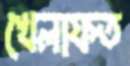
খেলাফত